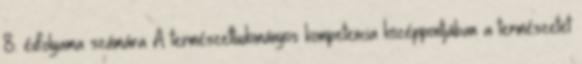
8. évfolyama számára A természettudományos kompetencia középpontjában a természetet